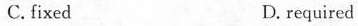
C.fixed D.required